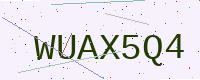
Text: WUAX5Q4